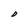
Character: D